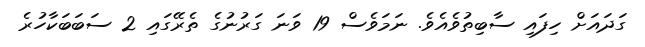
ގަދައަށް ހިފައި ސާބިތުވެއެވެ. ނަމަވެސް 19 ވަނަ ގަރުނުގެ ތެރޭގައި 2 ސަބަބަކާހުރެ